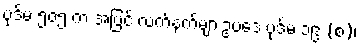
ပုဒ်မ ၅၀၅ က အပြင် လက်နက်များဥပဒေ ပုဒ်မ ၁၉ (စ)၊